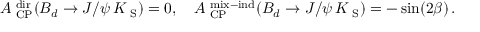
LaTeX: { \cal A } _ { \mathrm { { \scriptsize ~ C P } } } ^ { \mathrm { { \scriptsize ~ d i r } } } ( B _ { d } \to J / \psi \, K _ { \mathrm { { \scriptsize ~ S } } } ) = 0 , \quad { \cal A } _ { \mathrm { { \scriptsize ~ C P } } } ^ { \mathrm { { \scriptsize ~ m i x - i n d } } } ( B _ { d } \to J / \psi \, K _ { \mathrm { { \scriptsize ~ S } } } ) = - \sin ( 2 \beta ) \, .